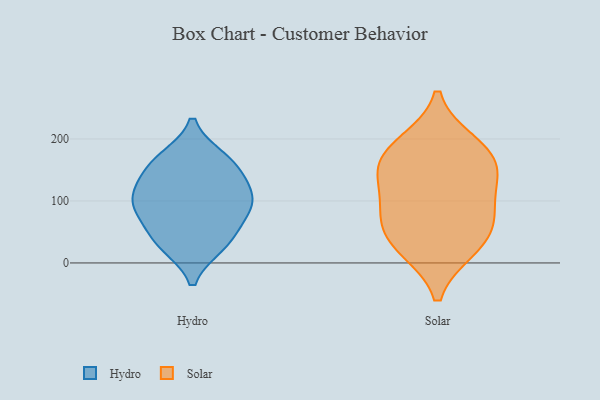
{"axis": {"x": "Satisfaction Score", "y": "Value"}, "legend": ["Hydro", "Solar"], "data": [{"x": "", "y": 168, "type": "Hydro"}, {"x": "", "y": 86, "type": "Hydro"}, {"x": "", "y": 91, "type": "Hydro"}, {"x": "", "y": 123, "type": "Hydro"}, {"x": "", "y": 29, "type": "Hydro"}, {"x": "", "y": 50, "type": "Hydro"}, {"x": "", "y": 101, "type": "Hydro"}, {"x": "", "y": 31, "type": "Hydro"}, {"x": "", "y": 104, "type": "Hydro"}, {"x": "", "y": 152, "type": "Hydro"}, {"x": "", "y": 162, "type": "Hydro"}, {"x": "", "y": 148, "type": "Solar"}, {"x": "", "y": 92, "type": "Solar"}, {"x": "", "y": 158, "type": "Solar"}, {"x": "", "y": 23, "type": "Solar"}, {"x": "", "y": 71, "type": "Solar"}, {"x": "", "y": 26, "type": "Solar"}, {"x": "", "y": 131, "type": "Solar"}, {"x": "", "y": 193, "type": "Solar"}, {"x": "", "y": 183, "type": "Solar"}, {"x": "", "y": 63, "type": "Solar"}]}